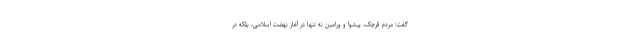
گفت: مردم قرچک، پیشوا و ورامین نه تنها در آغاز نهضت اسلامی، بلکه در